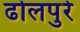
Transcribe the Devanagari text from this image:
ढोलपुरे